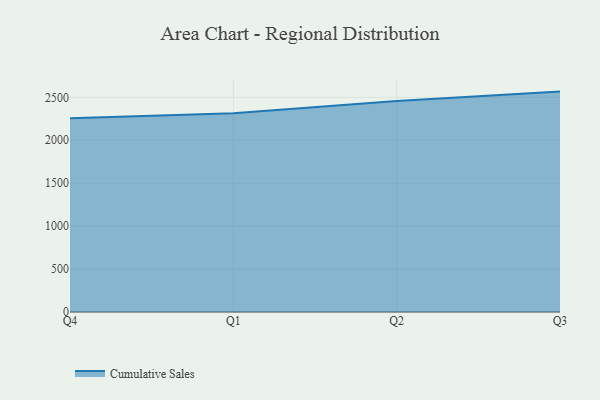
{"axis": {"x": "Quarter", "y": "Population (Million)"}, "legend": ["Cumulative Sales"], "data": [{"x": "Q4", "y": 2256.4, "type": "Cumulative Sales"}, {"x": "Q1", "y": 2316.0, "type": "Cumulative Sales"}, {"x": "Q2", "y": 2457.2, "type": "Cumulative Sales"}, {"x": "Q3", "y": 2567.1, "type": "Cumulative Sales"}]}